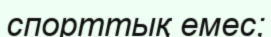
спорттық емес;